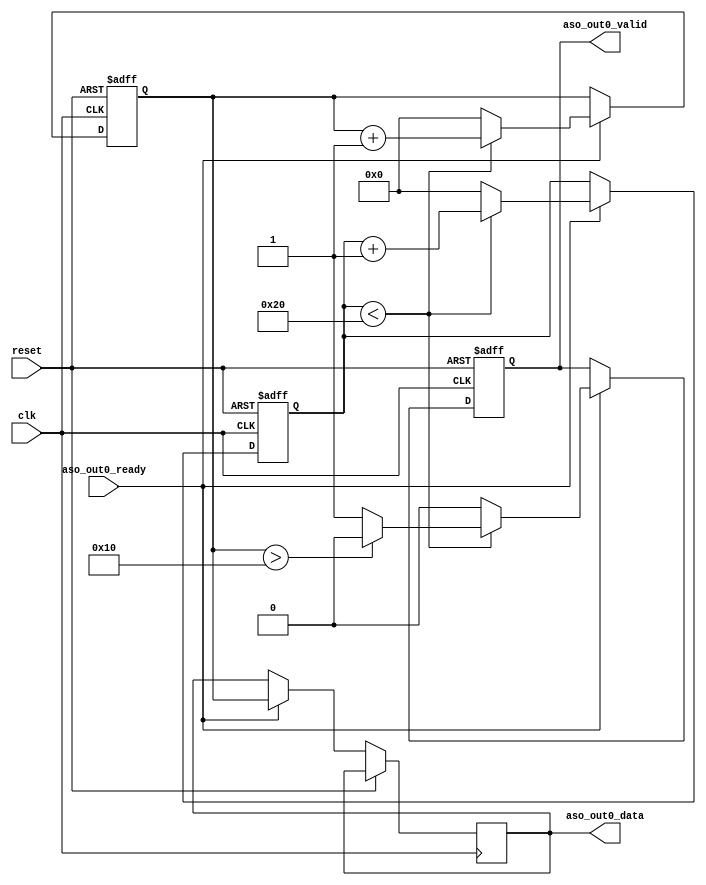
// new_component.v

// This file was auto-generated as a prototype implementation of a module
// created in component editor.  It ties off all outputs to ground and
// ignores all inputs.  It needs to be edited to make it do something
// useful.
// 
// This file will not be automatically regenerated.  You should check it in
// to your version control system if you want to keep it.

`timescale 1 ps / 1 ps
//`define ACCESS_ADDR 32'h900000

module source_component (
		output reg [15:0] aso_out0_data,  //  out0.data
		input  wire        aso_out0_ready, //      .ready
		output reg        aso_out0_valid, //      .valid
		input  wire        clk,            // clock.clk
		input  wire        reset           // reset.reset
		// read master port interface
		//output reg [31:0] avm_read_address,
		//output reg 				avm_read_read,
		//input  wire [31:0] avm_read_readdata,
		//input	 wire				avm_read_waitrequest
	);
	
reg 	[15:0]	DMA_Cont;

//reg	[5:0]	DMA_state;
//parameter	DMA_IDLE				=	0;
//parameter	READ					=	1;
//parameter	WAIT_READ				=	2;
//parameter	WRITE				=	3;
//parameter	WAIT_WRITE			=	4;
//parameter	CALC_NEXT				=	5;
//parameter	DMA_DONE				=	6;
reg [15:0] data;

always@(posedge clk or posedge reset)
begin
	if(reset) begin
		DMA_Cont 	<= 16'h0;
		data <= 16'h0;
		aso_out0_valid<=1'b0;
	end	else begin
		if(aso_out0_ready==1'b1) begin
			aso_out0_data<=data;
			if(DMA_Cont<16'd32)	begin
				DMA_Cont <= DMA_Cont + 1'b1;
				data <= data +1'b1;
				if(data>16'd16) aso_out0_valid<=0;
				else aso_out0_valid<=1;
			end else begin
				DMA_Cont <= 16'd0;
				data <= 16'h0;
				aso_out0_valid<=0;
			end
		end else begin
			DMA_Cont <= DMA_Cont;
			data <= data;
			aso_out0_valid <= aso_out0_valid;
		end
	end
end

endmodule